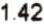
1.42